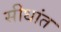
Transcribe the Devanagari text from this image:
सीधांत